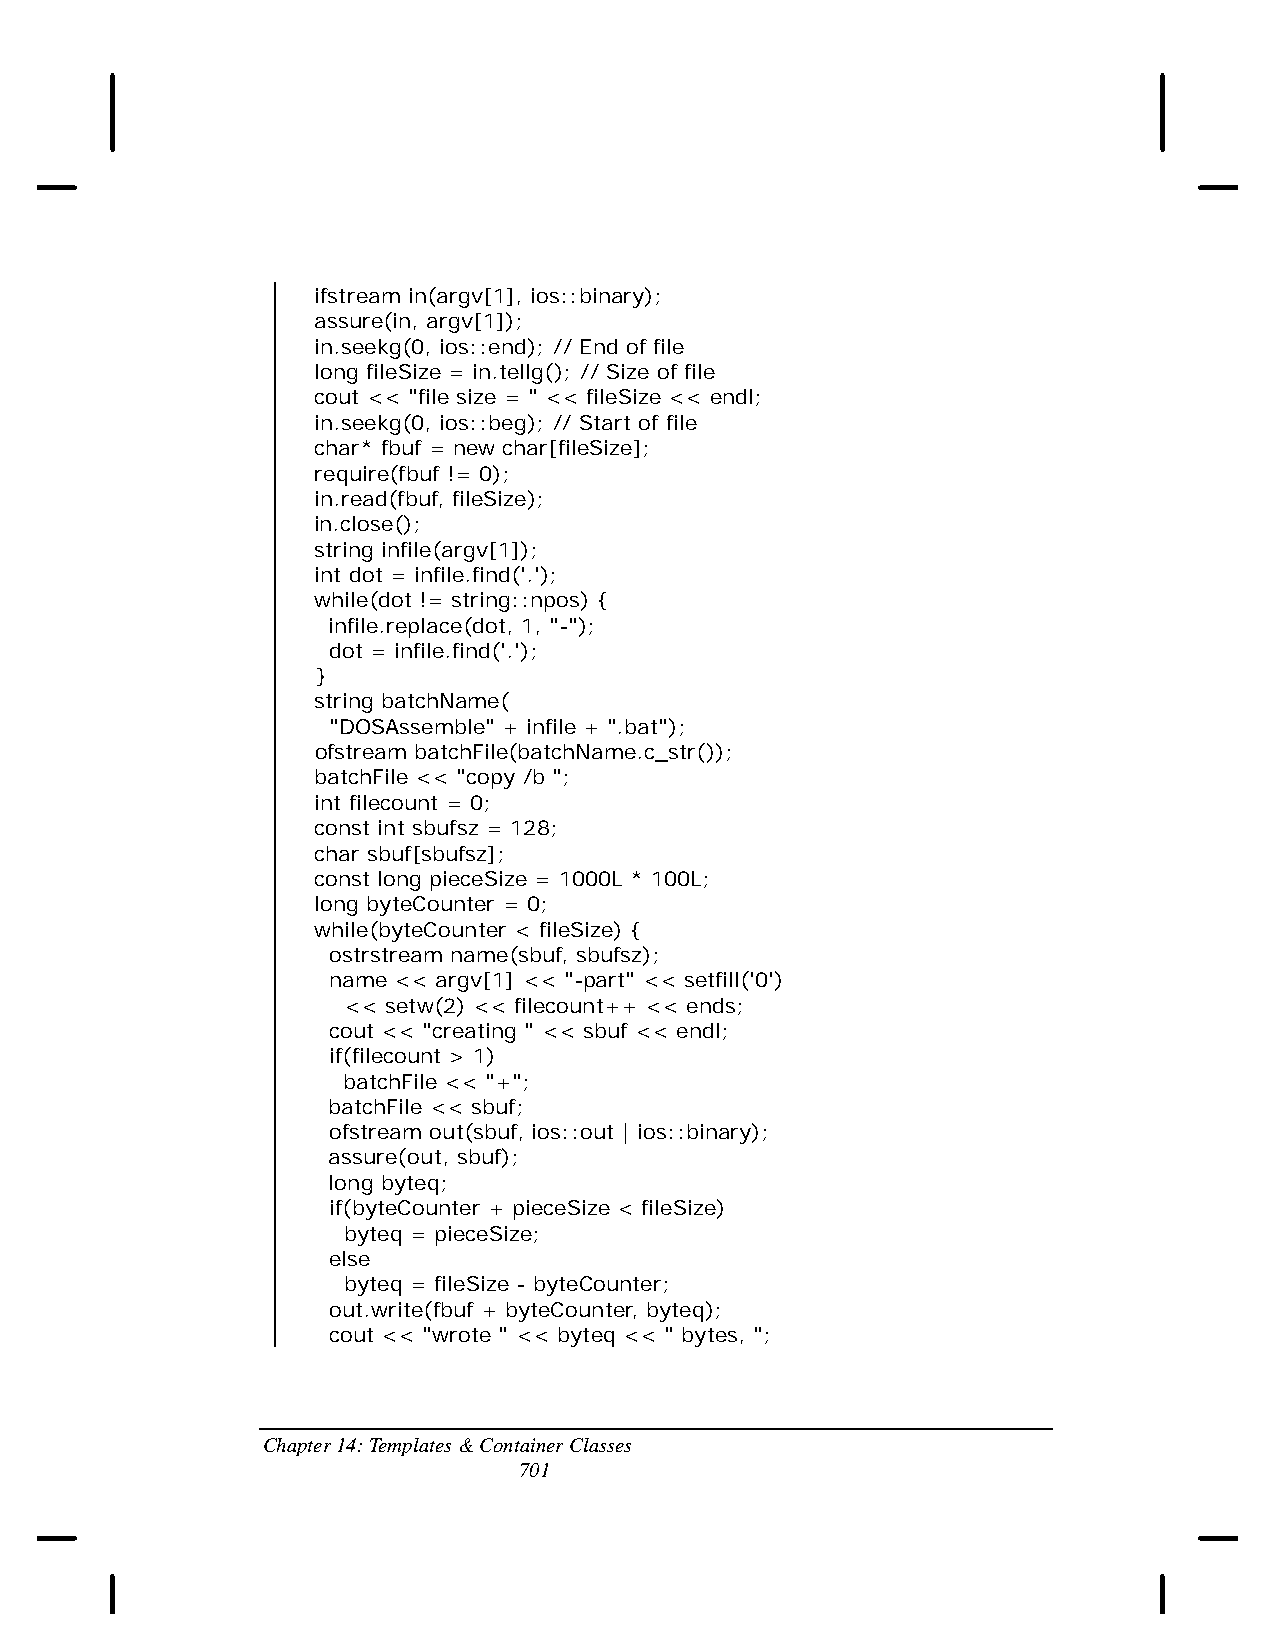
ifstream in(argv[1], ios::binary);
 assure(in, argv[1]);
 in.seekg(0, ios::end); // End of file
 long fileSize = in.tellg(); // Size of file
 cout << "file size = " << fileSize << endl;
 in.seekg(0, ios::beg); // Start of file
 char* fbuf = new char[fileSize];
 require(fbuf != 0);
 in.read(fbuf, fileSize);
 in.close();
 string infile(argv[1]);
 int dot = infile.find('.');
 while(dot != string::npos) {
 infile.replace(dot, 1, "-");
 dot = infile.find('.');
 }
 string batchName(
 "DOSAssemble" + infile + ".bat");
 ofstream batchFile(batchName.c_str());
 batchFile << "copy /b ";
 int filecount = 0;
 const int sbufsz = 128;
 char sbuf[sbufsz];
 const long pieceSize = 1000L * 100L;
 long byteCounter = 0;
 while(byteCounter < fileSize) {
 ostrstream name(sbuf, sbufsz);
 name << argv[1] << "-part" << setfill('0')
 << setw(2) << filecount++ << ends;
 cout << "creating " << sbuf << endl;
 if(filecount > 1)
 batchFile << "+";
 batchFile << sbuf;
 ofstream out(sbuf, ios::out | ios::binary);
 assure(out, sbuf);
 long byteq;
 if(byteCounter + pieceSize < fileSize)
 byteq = pieceSize;
 else
 byteq = fileSize - byteCounter;
 out.write(fbuf + byteCounter, byteq);
 cout << "wrote " << byteq << " bytes, ";
 Chapter 14: Templates & Container Classes
 701